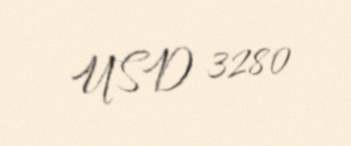
USD 3280